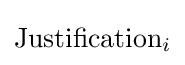
\mathrm {Justification} _{i}